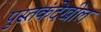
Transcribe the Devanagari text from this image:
पुस्तकंदेखील